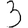
Digit: 3